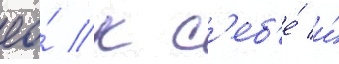
ео́ к с'еб'е́ и́